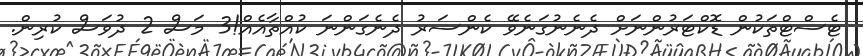
ޓެސްޓްތަކުން ޑޮކްޓަރުންނަށް ދެނެނުގަނެވޭ ކެންސަރު ދެނެގަންނަ ކުއްތާއެއް!3 މަސް 2 ދުވަސް ކުރިން.